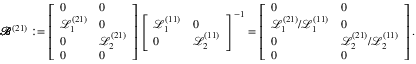
\pmb { \mathscr { B } } ^ { ( 2 1 ) } : = \left[ \begin{array} { l l } { 0 } & { 0 } \\ { \mathscr { L } _ { 1 } ^ { ( 2 1 ) } } & { 0 } \\ { 0 } & { \mathscr { L } _ { 2 } ^ { ( 2 1 ) } } \\ { 0 } & { 0 } \end{array} \right] \left[ \begin{array} { l l } { \mathscr { L } _ { 1 } ^ { ( 1 1 ) } } & { 0 } \\ { 0 } & { \mathscr { L } _ { 2 } ^ { ( 1 1 ) } } \end{array} \right] ^ { - 1 } = \left[ \begin{array} { l l } { 0 } & { 0 } \\ { \mathscr { L } _ { 1 } ^ { ( 2 1 ) } / \mathscr { L } _ { 1 } ^ { ( 1 1 ) } } & { 0 } \\ { 0 } & { \mathscr { L } _ { 2 } ^ { ( 2 1 ) } / \mathscr { L } _ { 2 } ^ { ( 1 1 ) } } \\ { 0 } & { 0 } \end{array} \right] .